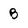
Character: B